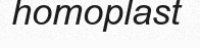
homoplast